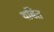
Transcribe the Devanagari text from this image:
थबित